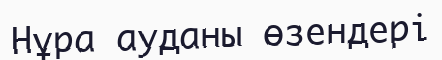
Нұра ауданы өзендері